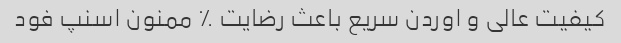
کیفیت عالی و اوردن سریع باعث رضایت ٪ ممنون اسنپ فود